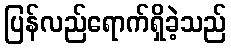
ပြန်လည်ရောက်ရှိခဲ့သည်